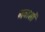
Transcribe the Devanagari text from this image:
नवासों